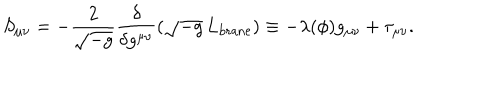
S _ { \mu \nu } = - { \frac { 2 } { \sqrt { - g } } } { \frac { \delta } { \delta g ^ { \mu \nu } } } ( \sqrt { - g } \, L _ { \mathrm { b r a n e } } ) \equiv - \lambda ( \phi ) g _ { \mu \nu } + \tau _ { \mu \nu } .